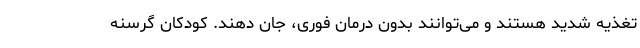
تغذیه شدید هستند و می‌توانند بدون درمان فوری، جان دهند. کودکان گرسنه